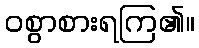
ဝစွာစားရကြ၏။